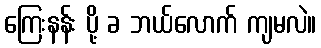
ကြေးနန်း ပို့ ခ ဘယ်လောက် ကျမလဲ။